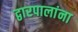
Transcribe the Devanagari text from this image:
द्वारपालांना